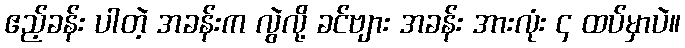
ဧည့်ခန်း ပါတဲ့ အခန်းက လွဲလို့ ခင်ဗျား အခန်း အားလုံး ၄ ထပ်မှာပဲ။